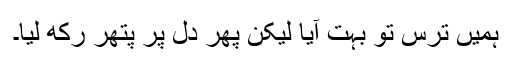
ہمیں ترس تو بہت آیا لیکن پھر دل پر پتھر رکھ لیا۔